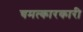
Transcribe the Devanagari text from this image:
चमत्कारकारी